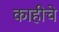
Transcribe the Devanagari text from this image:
काहीचे